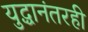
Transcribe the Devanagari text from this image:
युद्धानंतरही